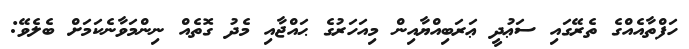
ހަފްތާއެއްގެ ތެރޭގައި ސަޢުދީ ޢަރަބިއްޔާއިން މިއަހަރުގެ ޙައްޖާއި މެދު ގޮތެއް ނިންމަވާނެކަމަށް ބެލެވޭ: